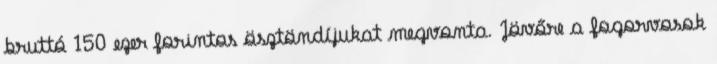
bruttó 150 ezer forintos ösztöndíjukat megvonta. Jövőre a fogorvosok